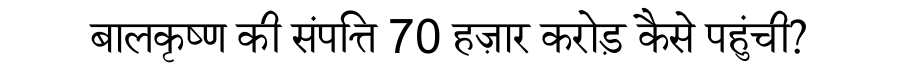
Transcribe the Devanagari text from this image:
बालकृष्ण की संपत्ति 70 हज़ार करोड़ कैसे पहुंची?